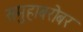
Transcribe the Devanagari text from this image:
समुहाबरोबर